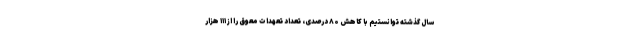
سال گذشته توانستیم با کاهش ۸۰ درصدی، تعداد تعهدات معوق را از ۱۱۱ هزار